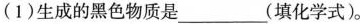
(1)生成的黑色物质是___(填化学式)。